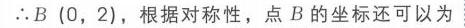
\(\therefore B\left(0,2\right)\)，根据对称性，点\(B\)的坐标还可以为